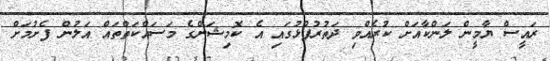
ރައީސް ޔާމީން ލަންކާއަށް ކުރެއްވި ދަތުރުފުޅުގައި އެ ކޮމިޝަންގެ މަސައްކަތްތައް އަލުން ފެށުމަށް